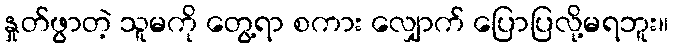
နှုတ်ဖွာတဲ့ သူမကို တွေ့ရာ စကား လျှောက် ပြောပြလို့မရဘူး။